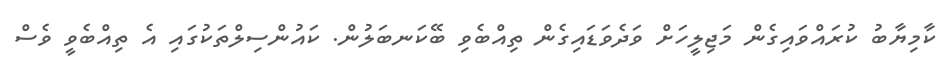
ކާމިޔާބު ކުރައްވައިގެން މަޖިލީހަށް ވަދެވަޑައިގެން ތިއްބެވި ބޭކަނބަލުން. ކައުންސިލްތަކުގައި އެ ތިއްބެވީ ވެސް